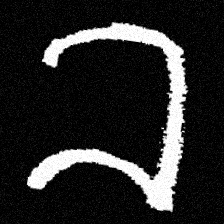
Pyu character \u2014 Myanmar letter: ခ (romanized: kha)